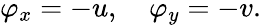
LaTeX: \varphi_{x}=-u,\quad\varphi_{y}=-v.